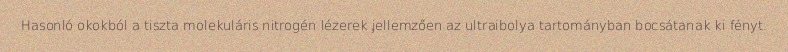
Hasonló okokból a tiszta molekuláris nitrogén lézerek jellemzően az ultraibolya tartományban bocsátanak ki fényt.